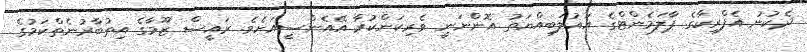
ދެކުނު އެފްރިކާގެ ޕާލަމެންޓްގެ އަޣުލަބިއްޔަތު އޮންނަނީ ވެރިކަންކުރާ އޭއެންސީއަށެވެ. ރައީސް ޒޫމާގެ އިތުބާރުނެތްކަމުގެ